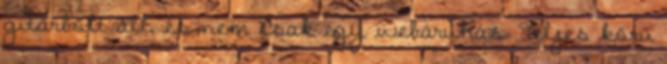
gitárbolt áll, és nem csak egy webáruház. Teljes körű